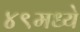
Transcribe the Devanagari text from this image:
४९मध्ये